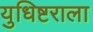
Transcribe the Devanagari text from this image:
युधिष्टराला